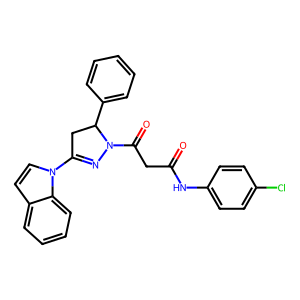
SMILES: O=C(CC(=O)N1N=C(n2ccc3ccccc32)CC1c1ccccc1)Nc1ccc(Cl)cc1
Inhibits HIV replication: No